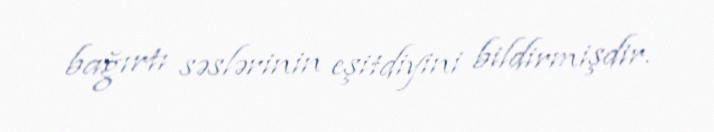
bağırtı səslərinin eşitdiyini bildirmişdir.